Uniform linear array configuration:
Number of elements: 32
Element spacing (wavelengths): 0.25
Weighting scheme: kaiser
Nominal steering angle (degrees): -15
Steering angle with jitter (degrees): -15.917
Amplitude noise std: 0.05
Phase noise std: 0.05

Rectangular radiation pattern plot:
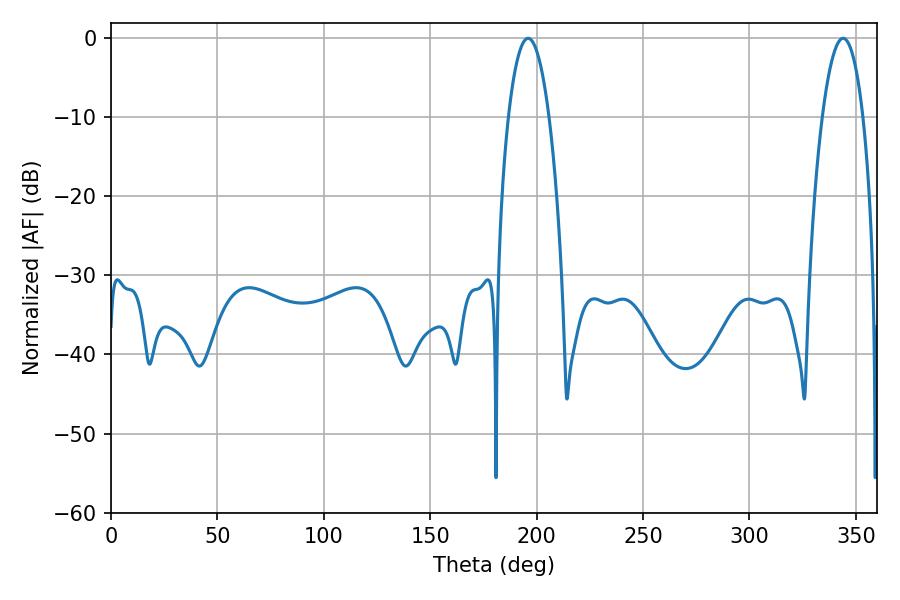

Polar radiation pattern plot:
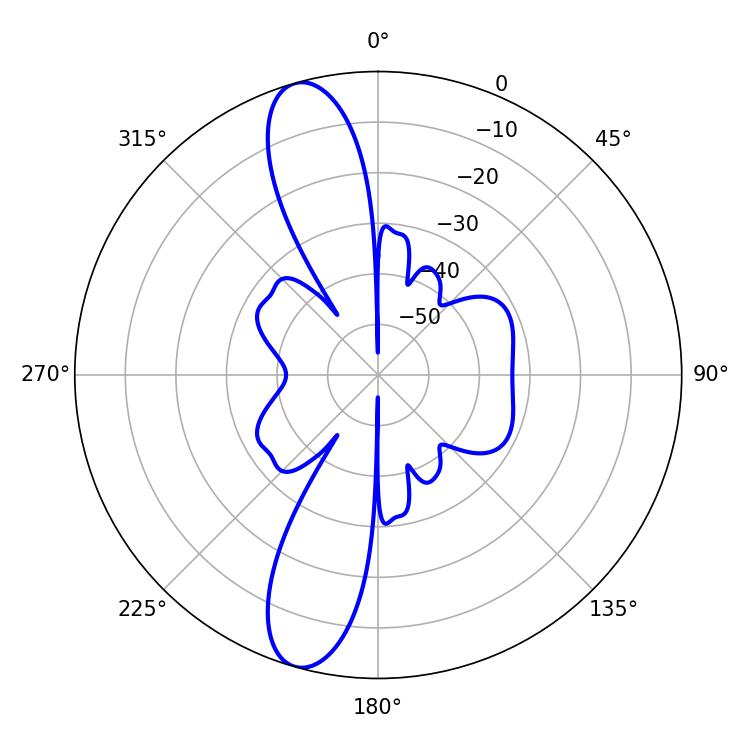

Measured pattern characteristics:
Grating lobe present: FALSE
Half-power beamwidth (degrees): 10.62
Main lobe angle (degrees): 196.02